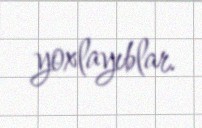
yoxlayıblar.